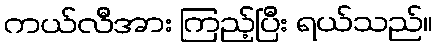
ကယ်လီအား ကြည့်ပြီး ရယ်သည်။